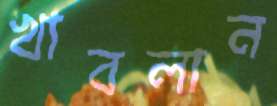
খাবলান